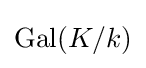
\operatorname {Gal} (K/k)